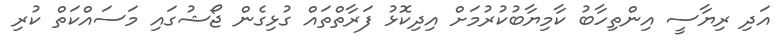
އަދި ރިޔާސީ އިންތިހާބު ކާމިޔާބުކުރުމަށް އިދިކޮޅު ފަރާތްތައް ގުޅިގެން ޖޯޝުގައި މަސައްކަތް ކުރި